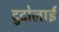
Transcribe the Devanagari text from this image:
दुदोलाई